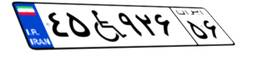
۴۵W۹۲۶۵۶